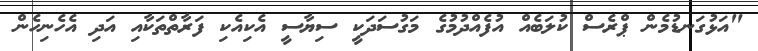
"އަޅުގަނޑުމެން ޕްރެސް ކުލަބެއް އުފެއްދުމުގެ މަގުސަދަކީ ސިޔާސީ އެކިއެކި ފަރާތްތަކާއި އަދި އެހެނިހެން